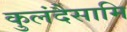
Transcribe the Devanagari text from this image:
कुलंदैसामि